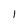
Character: 1